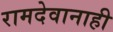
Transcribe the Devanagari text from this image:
रामदेवानाही